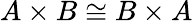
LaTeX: A\times B\cong B\times A